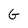
Character: G